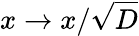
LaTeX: x\to x/\sqrt{D}